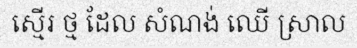
ស្មើរ ថ្ម ដែល សំណង់ ឈើ ស្រាល